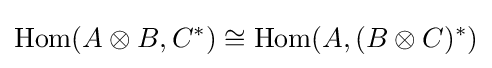
\mathrm {Hom} (A\otimes B,C^{*})\cong \mathrm {Hom} (A,(B\otimes C)^{*})